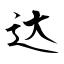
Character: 达